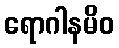
ရောဂါနမိဝ